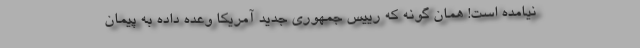
نیامده است! همان گونه که رییس جمهوری جدید آمریکا وعده داده به پیمان